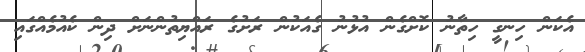
އެކަން ހިނގީ ހިތާނު ކޮށްގެން އުޅުނު ގެއަކުން ރަށުގެ ރައްޔިތުންނަށް ދިން ކެއުމެއްގައި